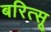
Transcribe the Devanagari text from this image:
बरित्सू